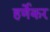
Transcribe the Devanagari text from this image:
हर्णेकर